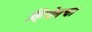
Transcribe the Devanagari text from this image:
व्हियेनचा